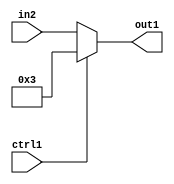
`timescale 1ps / 1ps
/*****************************************************************************
    Verilog RTL Description
    
    
    Created by: Stratus DpOpt 2019.1.01 
*******************************************************************************/

module fix2float_Muxi3u5u1_4_1 (
	in2,
	ctrl1,
	out1
	); /* architecture "behavioural" */ 
input [4:0] in2;
input  ctrl1;
output [4:0] out1;
wire [4:0] asc001;

reg [4:0] asc001_tmp_0;
assign asc001 = asc001_tmp_0;
always @ (ctrl1 or in2) begin
	case (ctrl1)
		1'B1 : asc001_tmp_0 = 5'B00011 ;
		default : asc001_tmp_0 = in2 ;
	endcase
end

assign out1 = asc001;
endmodule

/* CADENCE  uLT4SQg= : u9/ySgnWtBlWxVPRXgAZ4Og= ** DO NOT EDIT THIS LINE ******/